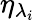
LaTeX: {\eta}_{{\lambda}_{i}}